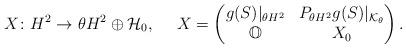
LaTeX: \begin{align*}X\colon H^2\to\theta H^2\oplus\mathcal H_0, \ \ \ \ X=\begin{pmatrix} g(S)|_{\theta H^2} & P_{\theta H^2}g(S)|_{\mathcal K_\theta} \cr\mathbb O & X_0\end{pmatrix}.\end{align*}